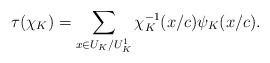
LaTeX: \begin{align*} \tau(\chi_K)=\sum_{x\in U_K/U_{K}^{1}}\chi_{K}^{-1}(x/c)\psi_K(x/c).\end{align*}